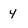
Character: 4